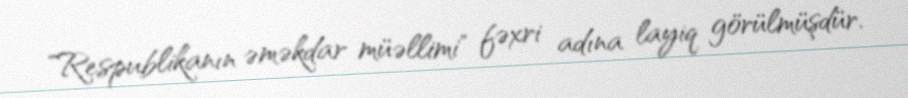
"Respublikanın əməkdar müəllimi" fəxri adına layiq görülmüşdür.